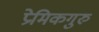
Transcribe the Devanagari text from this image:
प्रेमिकगुरु